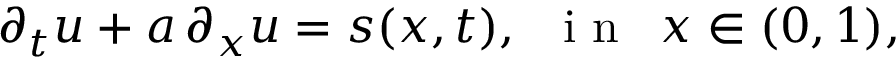
\begin{array} { r } { \partial _ { t } u + a \, \partial _ { x } u = s ( x , t ) , \, \, \, \mathrm { ~ i ~ n ~ } \, \, \, x \in ( 0 , 1 ) , } \end{array}